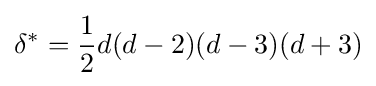
\delta ^{*}={1 \over 2}d(d-2)(d-3)(d+3)